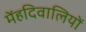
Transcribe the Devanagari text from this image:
मेंहदिवालियों